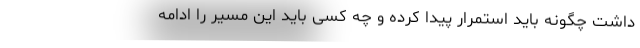
داشت چگونه باید استمرار پیدا کرده و چه کسی باید این مسیر را ادامه